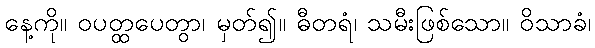
နေ့ကို။ ဝပတ္ထပေတွာ၊ မှတ်၍။ ဓီတရံ၊ သမီးဖြစ်သော။ ဝိသာခံ၊